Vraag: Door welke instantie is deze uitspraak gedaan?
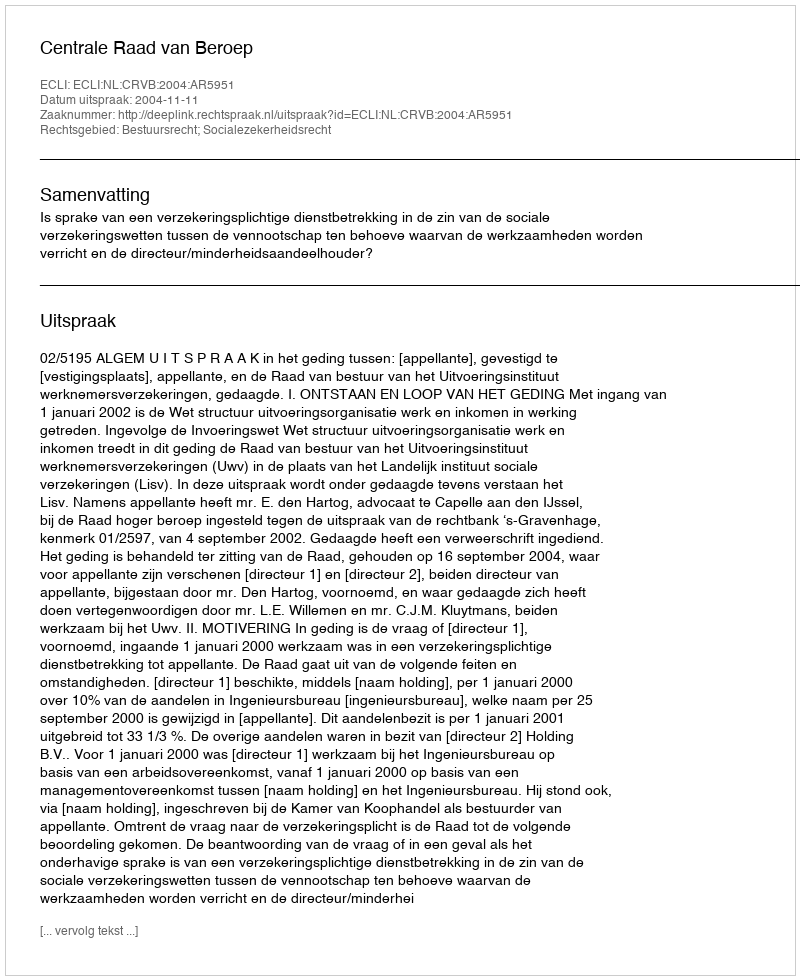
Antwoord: Centrale Raad van Beroep